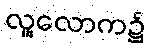
လူ့လောက၌